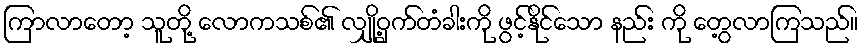
ကြာလာတော့ သူတို့ လောကသစ်၏ လျှို့ဝှက်တံခါးကို ဖွင့်နိုင်သော နည်း ကို တွေ့လာကြသည်။